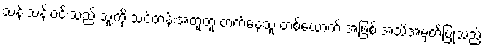
သန်းသန်းဝင်းသည် သူ့ကို သင်တန်းအတူတူ တက်နေသူ တစ်ယောက် အဖြစ် အသိအမှတ်ပြုသည့်